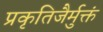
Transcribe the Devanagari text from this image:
प्रकृतिजैर्मुक्तं